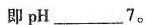
即pH___7。